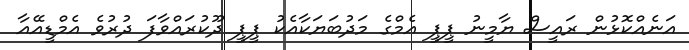
އަނެއްކޮޅުން ރައީސް ޔާމީނު ޕީޕީ އެމްގެ މަދުބަޔަކާއެކު ޕީޕީ ދޫކުރައްވާފަ ދުރުވެ އެމްޑީއޭއާ